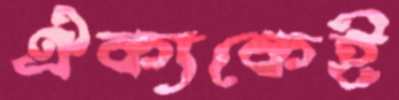
ঐক্যকেই